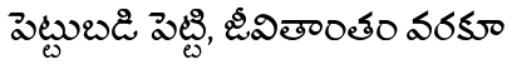
పెట్టుబడి పెట్టి, జీవితాంతం వరకూ